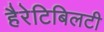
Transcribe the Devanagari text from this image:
हैरेटिबिलटी